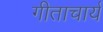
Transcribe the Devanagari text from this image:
गीताचार्य